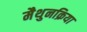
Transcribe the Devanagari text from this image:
मैथुनक्रिया